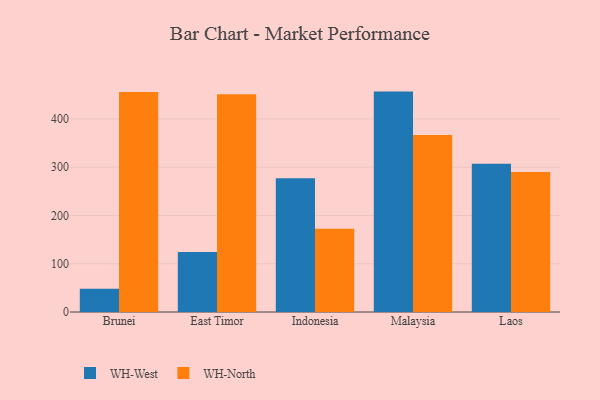
{"axis": {"x": "Country", "y": "Conversion Rate (%)"}, "legend": ["WH-North", "WH-West"], "data": [{"x": "Brunei", "y": 48.2, "type": "WH-West"}, {"x": "Brunei", "y": 456.0, "type": "WH-North"}, {"x": "East Timor", "y": 124.4, "type": "WH-West"}, {"x": "East Timor", "y": 450.9, "type": "WH-North"}, {"x": "Indonesia", "y": 277.1, "type": "WH-West"}, {"x": "Indonesia", "y": 172.6, "type": "WH-North"}, {"x": "Malaysia", "y": 456.6, "type": "WH-West"}, {"x": "Malaysia", "y": 366.6, "type": "WH-North"}, {"x": "Laos", "y": 307.1, "type": "WH-West"}, {"x": "Laos", "y": 289.8, "type": "WH-North"}]}